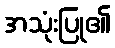
အသုံးပြု၏